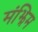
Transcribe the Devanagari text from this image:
मंझिम